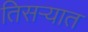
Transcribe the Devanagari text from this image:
तिसऱ्यात